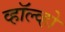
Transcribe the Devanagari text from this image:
व्हॉल्व्हो